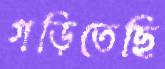
গড়িতেছি